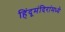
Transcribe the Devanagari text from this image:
हिंदूमंदिरांमध्ये